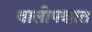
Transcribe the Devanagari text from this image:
वालीपश्चात